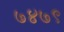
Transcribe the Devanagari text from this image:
७४७९